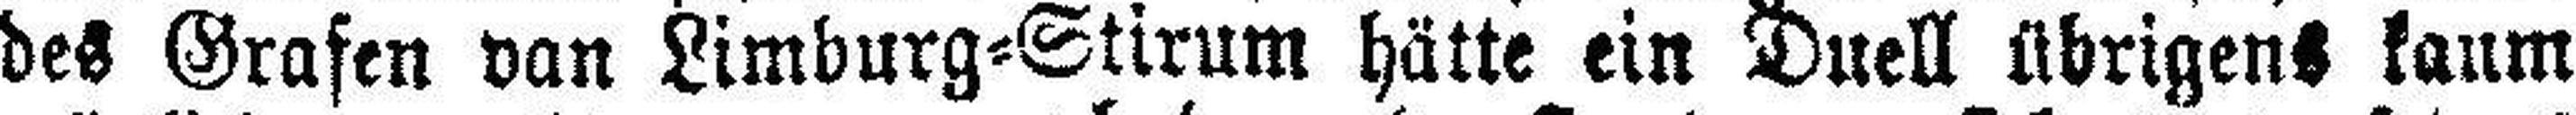
des Grafen van Limburg=Stirum hätte ein Duell übrigens kaum